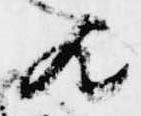
歟